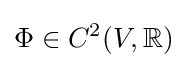
\Phi \in C^{2}(V,\mathbb {R} )